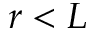
r < L